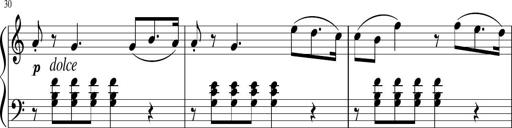
Title: 3 Sonatinen
Composer: Heinrich Lichner